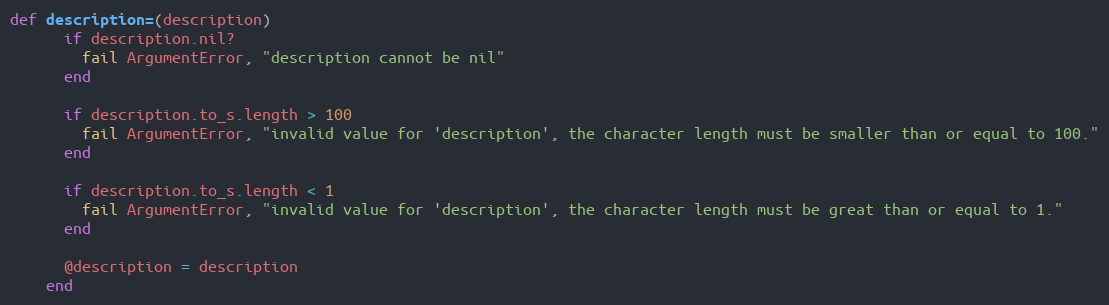
Language: Ruby
def description=(description)
      if description.nil?
        fail ArgumentError, "description cannot be nil"
      end

      if description.to_s.length > 100
        fail ArgumentError, "invalid value for 'description', the character length must be smaller than or equal to 100."
      end

      if description.to_s.length < 1
        fail ArgumentError, "invalid value for 'description', the character length must be great than or equal to 1."
      end

      @description = description
    end